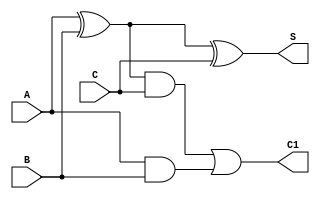
module Simple_Circuit(A,B,C,S,C1);
input A,B,C;
output S,C1;
wire X1;

xor G1(X1,A,B);
and G2(A1,A,B);
xor G3(S,X1,C);
and G4(A2,X1,C);
or G5(C1,A2,A1);

endmodule